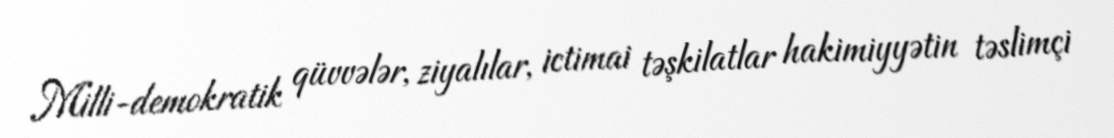
Milli-demokratik qüvvələr, ziyalılar, ictimai təşkilatlar hakimiyyətin təslimçi